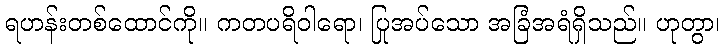
ရဟန်းတစ်ထောင်ကို။ ကတပရိဝါရော၊ ပြုအပ်သော အခြံအရံရှိသည်။ ဟုတွာ၊